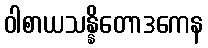
ဝါစာယသန္နိတောဒကေန